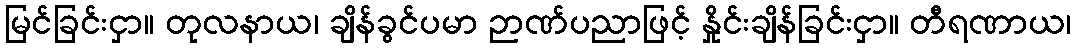
မြင်ခြင်းငှာ။ တုလနာယ၊ ချိန်ခွင်ပမာ ဉာဏ်ပညာဖြင့် နှိုင်းချိန်ခြင်းငှာ။ တီရဏာယ၊